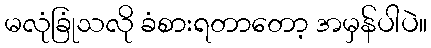
မလုံခြုံသလို ခံစားရတာတော့ အမှန်ပါပဲ။